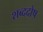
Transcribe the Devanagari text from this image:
शब्ददोष